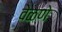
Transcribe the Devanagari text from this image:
वेळणे